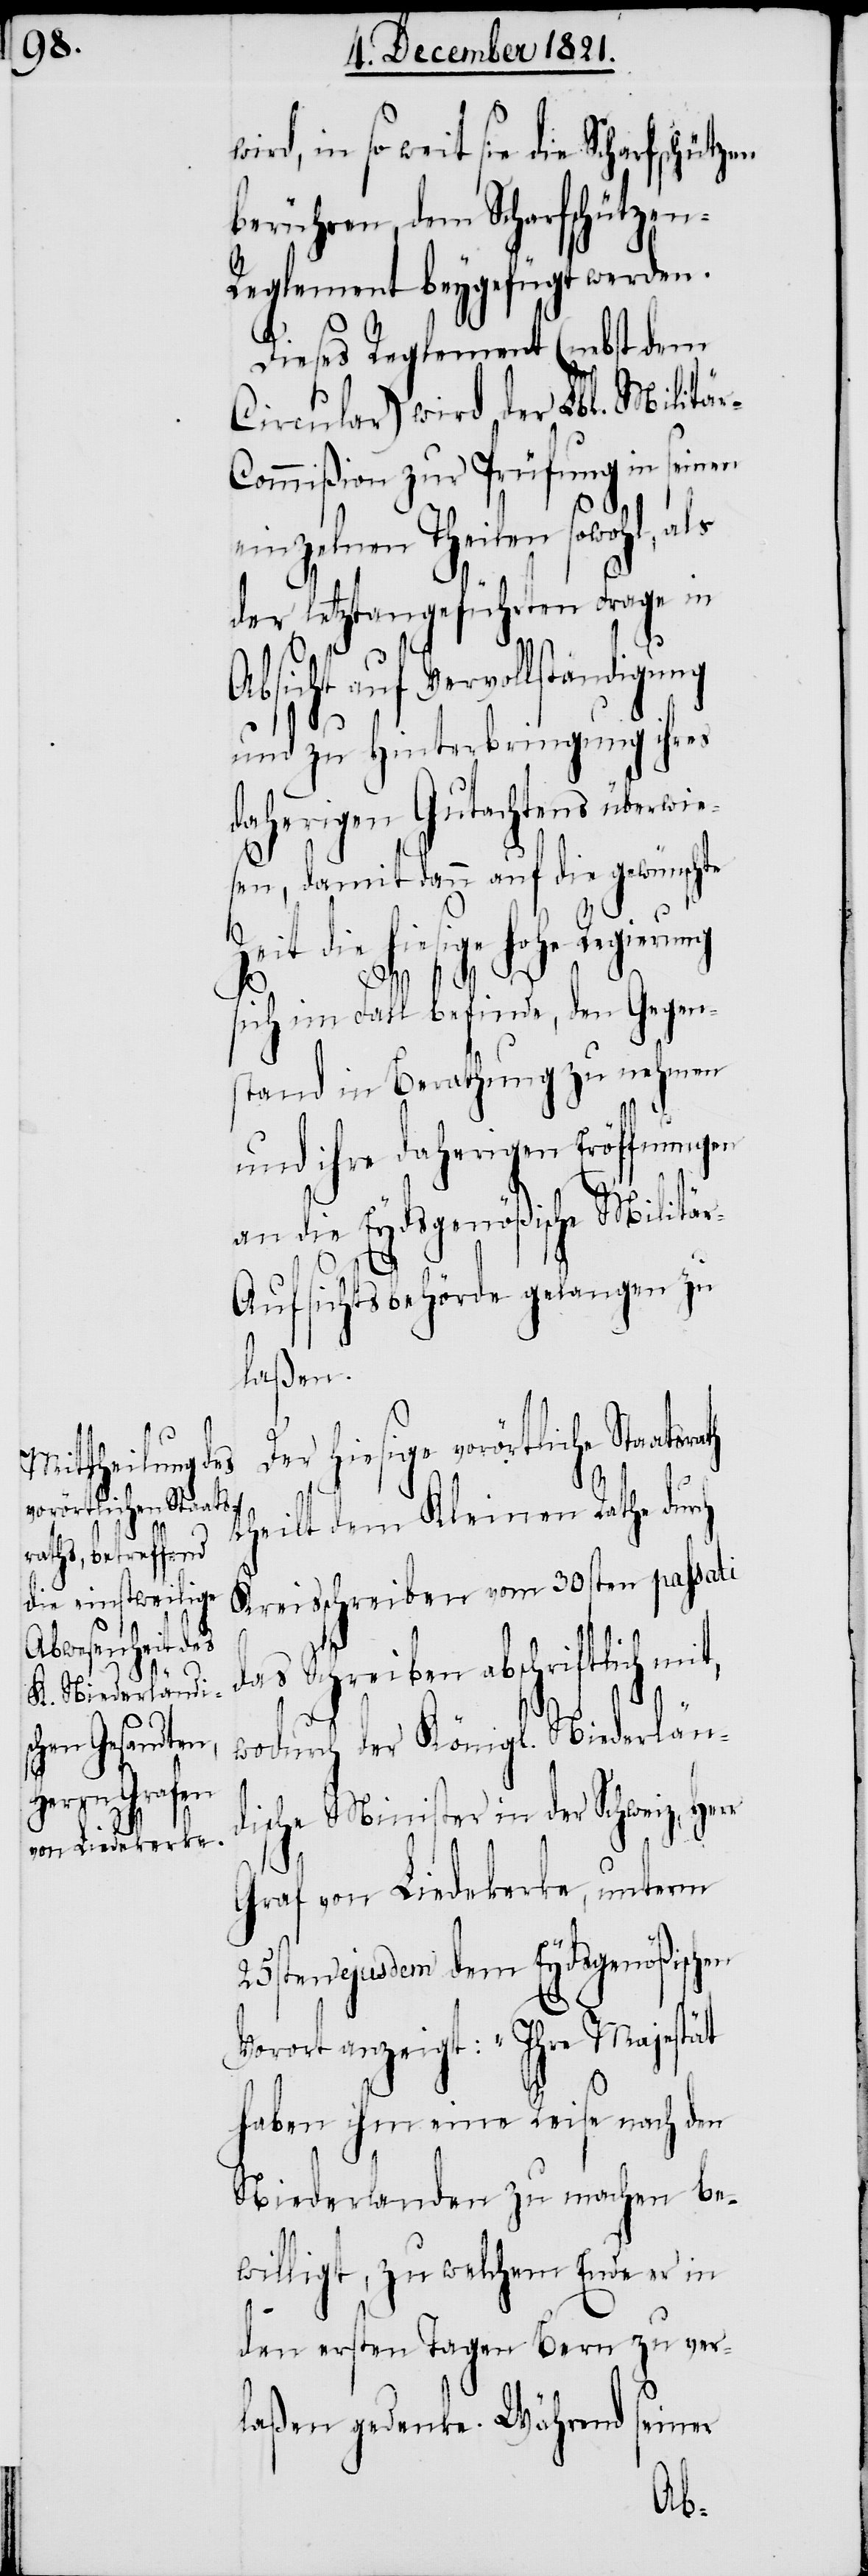
vorörtliche Staats¬

in so weit sie die Scharfschützen
berühren, dem Scharfschütze¬
eglement beygefügt werden.
Dieses Reglement (nebst dem
Circular) wird der Lbl. Militä¬
ommißion zur Prüfung in seinen
einzelnen Theilen sowohl,
der letztangeführten Frage in
icht auf Vervollständigung
und zu Hinterbringung ihres
daherigen Gutachtens überwie¬
sen, damit dann auf die gewünschte
Zeit die hiesige hohe Regierung
rath
sich im Fall befinde, den Gegen¬
stand in Berathung zu nehmen
und ihre daherigen Eröffnungen
an die Eydsgenößische Militä¬
r-A¬
ufsichtsbehörde gelangen zu
laßen.
theilt dem Kleinen Rathe durch
Kreisschreiben vom 30sten passati
das Schreiben abschriftlich mit,
wodurch der Königl. Niederländ¬
ische Minister in der Schweiz,
Graf von Liedekerke, unterm
25sten ejusdem dem Eydsgenößischen
Vorort anzeigt: „Ihre Majestät
haben ihm eine Reise nach den
Niederlanden zu machen be¬
willigt, zu welchem Ende er in
den ersten Tagen Bern zu ver¬
laßen gedenke. Während seiner
Abs¬